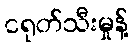
ငရုတ်သီးမှုန့်